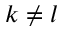
k \neq l